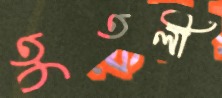
তুতলী